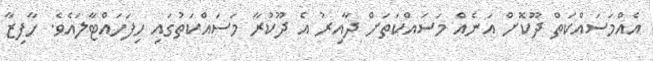
އެއްމަސައްކަތް ދޫކޮށް އަނެއް މަސައްކަތަށް ދާއިރު އެ ދޫކުރާ މަސައްކަތުގައި ހިފަހައްޓާލައެވެ. ހާފިޒާ